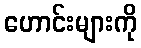
ဟောင်းများကို